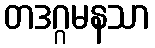
တဒဂ္ဂမနသာ